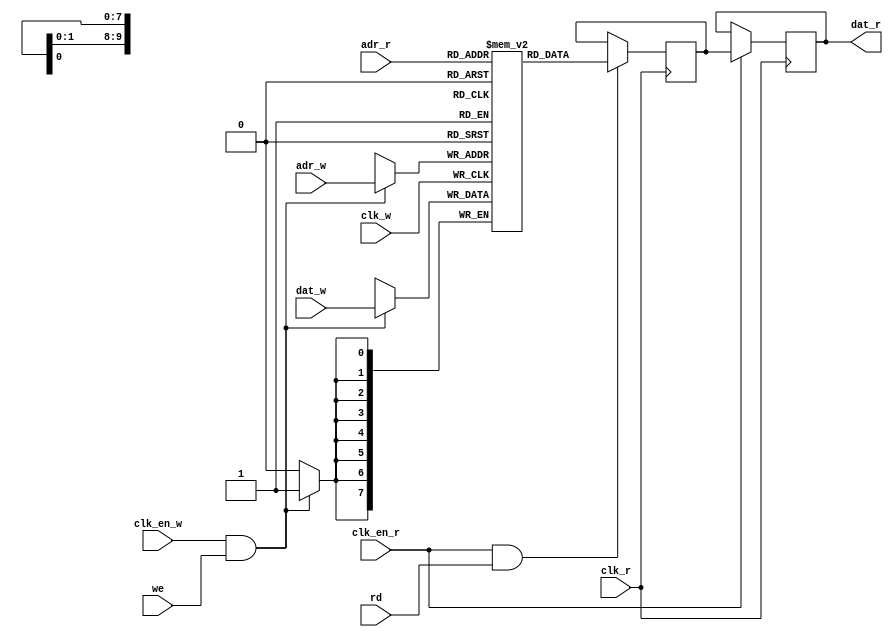
// ram_generic_tp.v
// A generic two-port memory
// 2020, Rok Krajnc <rok.krajnc@gmail.com>


module ram_generic_tp #(
  parameter MI = "",              // memory initialization file
  parameter READ_REGISTERED = 1,  // when true, read port has an additional register
  parameter DW = 8,               // data width
  parameter MD = 1024,            // memory depth
  parameter AW = $clog2(MD)       // address width
)(
  // write side
  input  wire           clk_w,    // write clock
  input  wire           clk_en_w, // write clock enable
  input  wire           we,       // write enable
  input  wire [ AW-1:0] adr_w,    // write address
  input  wire [ DW-1:0] dat_w,    // write data
  // read side
  input  wire           clk_r,    // read clock
  input  wire           clk_en_r, // read clock enable
  input  wire           rd,       // read enable
  input  wire [ AW-1:0] adr_r,    // read address
  output wire [ DW-1:0] dat_r     // read data
);


//// memory ////
reg [DW-1:0] mem [0:MD-1];


//// memory initialization ////
initial begin
  if (MI == "") begin : MEM_FILL_BLK
/*    integer i;
    for (i=0; i<MD; i=i+1) mem[i] = i; */
  end else begin : MEM_LOAD_BLK
    $readmemh(MI, mem);
  end
end


//// memory write ////
always @ (posedge clk_w) begin
  if (clk_en_w && we) mem[adr_w] <= #1 dat_w;
end


//// memory read ////
reg  [DW-1:0] mem_dat_r;
always @ (posedge clk_r) begin
  if (clk_en_r && rd) mem_dat_r <= #1 mem[adr_r];
end


//// output register ////
generate if (READ_REGISTERED) begin : BLK_OUTPUT_REG

  reg [DW-1:0] mem_dat_r_d;
  always @ (posedge clk_r) begin
    if (clk_en_r) mem_dat_r_d <= #1 mem_dat_r;
  end
  assign dat_r = mem_dat_r_d;

end else begin : BLK_NO_OUTPUT_REG

  assign dat_r = mem_dat_r;

end endgenerate


endmodule